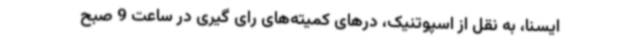
ایسنا، به نقل از اسپوتنیک، درهای کمیته‌های رای گیری در ساعت 9 صبح